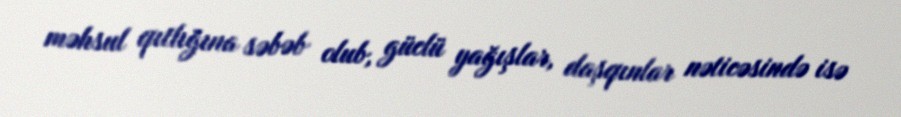
məhsul qıtlığına səbəb olub, güclü yağışlar, daşqınlar nəticəsində isə